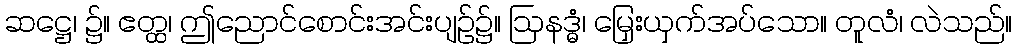
ဆဋ္ဌေ၊ ၌။ ဧတ္ထ၊ ဤညောင်စောင်းအင်းပျဉ်၌။ ဩနဒ္ဓံ၊ မြှေးယှက်အပ်သော။ တူလံ၊ လဲသည်။